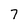
Character: 7